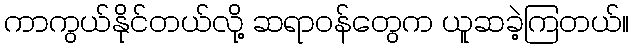
ကာကွယ်နိုင်တယ်လို့ ဆရာဝန်တွေက ယူဆခဲ့ကြတယ်။